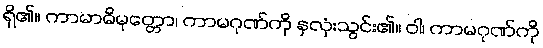
ရှိ၏။ ကာမာဓိမုတ္တော၊ ကာမဂုဏ်ကို နှလုံးသွင်း၏။ ဝါ၊ ကာမဂုဏ်ကို